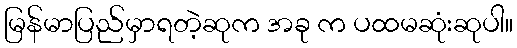
မြန်မာပြည်မှာရတဲ့ဆုက အခု က ပထမဆုံးဆုပါ။